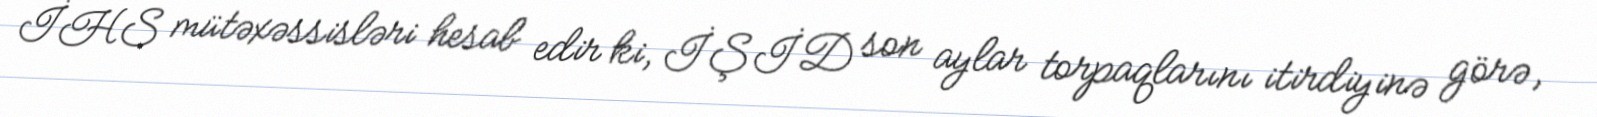
İHS mütəxəssisləri hesab edir ki, İŞİD son aylar torpaqlarını itirdiyinə görə,